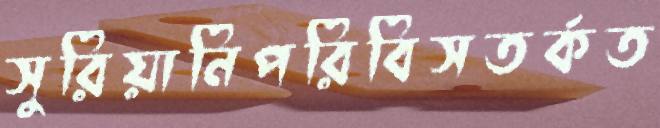
সুরিয়ানিপরিবিসতর্কত